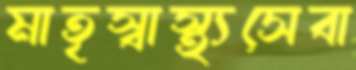
মাতৃস্বাস্থ্যসেবা